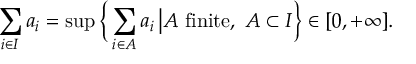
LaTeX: \sum _ { i \in I } a _ { i } = \operatorname* { s u p } { \Bigl \{ } \sum _ { i \in A } a _ { i } \, { \big | } A { \mathrm { ~ f i n i t e , ~ } } A \subset I { \Bigr \} } \in [ 0 , + \infty ] .